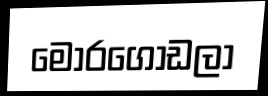
මොරගොඩලා